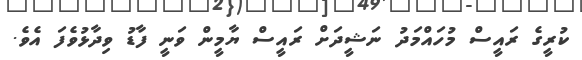
ކުރީގެ ރައީސް މުހައްމަދު ނަޝީދަށް ރައީސް ޔާމީން ވަނީ ފާޑު ވިދާޅުވެފަ އެވެ.